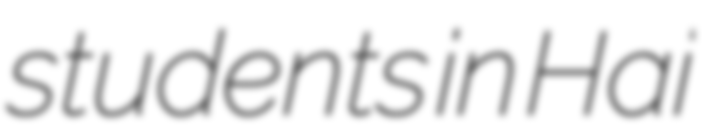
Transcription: students in Hai